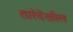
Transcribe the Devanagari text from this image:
तारेदेखील